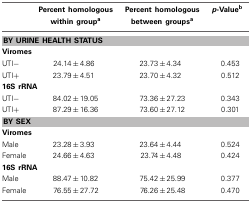
|  | Percent homologous within groupa | Percent homologous between groupsa | p-Valueb |
 | --- | --- | --- | --- |
 | <COLSPAN=4> BY URINE HEALTH STATUS |
 | <COLSPAN=4> Viromes |
 | UTI− | 24.14 ± 4.86 | 23.73 ± 4.34 | 0.453 |
 | UTI+ | 23.79 ± 4.51 | 23.70 ± 4.32 | 0.512 |
 | <COLSPAN=4> 16S rRNA |
 | UTI− | 84.02 ± 19.05 | 73.36 ± 27.23 | 0.343 |
 | UTI+ | 87.29 ± 16.36 | 73.60 ± 27.12 | 0.301 |
 | <COLSPAN=4> BY SEX |
 | <COLSPAN=4> Viromes |
 | Male | 23.28 ± 3.93 | 23.64 ± 4.44 | 0.524 |
 | Female | 24.66 ± 4.63 | 23.74 ± 4.48 | 0.424 |
 | <COLSPAN=4> 16S rRNA |
 | Male | 88.47 ± 10.82 | 75.42 ± 25.99 | 0.377 |
 | Female | 76.55 ± 27.72 | 76.26 ± 25.48 | 0.470 |